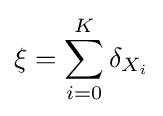
\xi =\sum _{i=0}^{K}\delta _{X_{i}}